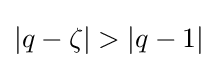
|q-\zeta |>|q-1|